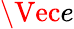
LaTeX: \Vec{e}